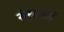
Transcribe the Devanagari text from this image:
सेशासाई